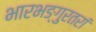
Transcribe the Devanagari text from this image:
भारभङ्गुरतरां